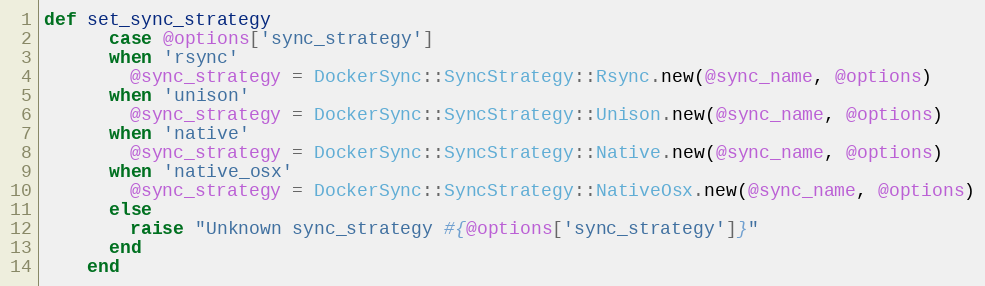
Language: Ruby
def set_sync_strategy
      case @options['sync_strategy']
      when 'rsync'
        @sync_strategy = DockerSync::SyncStrategy::Rsync.new(@sync_name, @options)
      when 'unison'
        @sync_strategy = DockerSync::SyncStrategy::Unison.new(@sync_name, @options)
      when 'native'
        @sync_strategy = DockerSync::SyncStrategy::Native.new(@sync_name, @options)
      when 'native_osx'
        @sync_strategy = DockerSync::SyncStrategy::NativeOsx.new(@sync_name, @options)
      else
        raise "Unknown sync_strategy #{@options['sync_strategy']}"
      end
    end